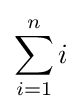
\sum _{i=1}^{n}i